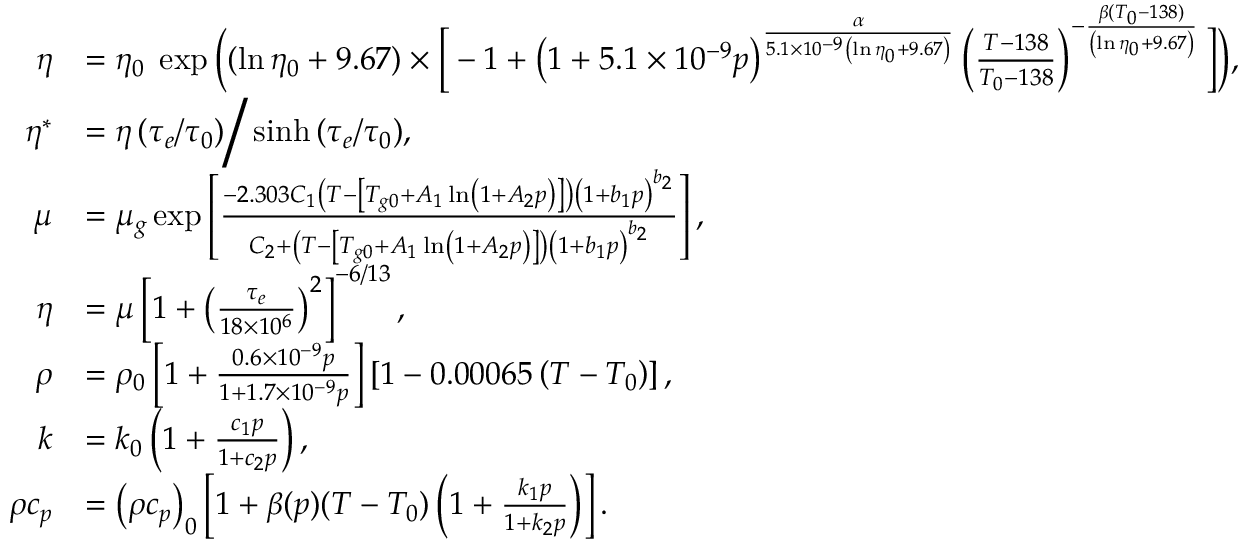
\begin{array} { r l } { \eta } & { = \eta _ { 0 } \; \exp \bigg ( ( \ln \eta _ { 0 } + 9 . 6 7 ) \times \bigg [ - 1 + \left( 1 + 5 . 1 \times 1 0 ^ { - 9 } p \right) ^ { \frac { \alpha } { 5 . 1 \times 1 0 ^ { - 9 } \left( \ln \eta _ { 0 } + 9 . 6 7 \right) } } \left( \frac { T - 1 3 8 } { T _ { 0 } - 1 3 8 } \right) ^ { - \frac { \beta ( T _ { 0 } - 1 3 8 ) } { \left( \ln \eta _ { 0 } + 9 . 6 7 \right) } } \bigg ] \bigg ) , } \\ { \eta ^ { * } } & { = \eta \left( \tau _ { e } / \tau _ { 0 } \right) \bigg / \sinh { \left( \tau _ { e } / \tau _ { 0 } \right) } , } \\ { \mu } & { = \mu _ { g } \exp \left[ \frac { - 2 . 3 0 3 C _ { 1 } \left( T - \left[ T _ { g 0 } + A _ { 1 } \ln \left( 1 + A _ { 2 } p \right) \right] \right) \left( 1 + b _ { 1 } p \right) ^ { b _ { 2 } } } { C _ { 2 } + \left( T - \left[ T _ { g 0 } + A _ { 1 } \ln \left( 1 + A _ { 2 } p \right) \right] \right) \left( 1 + b _ { 1 } p \right) ^ { b _ { 2 } } } \right] , } \\ { \eta } & { = \mu \left[ 1 + \left( \frac { \tau _ { e } } { 1 8 \times 1 0 ^ { 6 } } \right) ^ { 2 } \right] ^ { - 6 / 1 3 } , } \\ { \rho } & { = \rho _ { 0 } \left[ 1 + \frac { 0 . 6 \times 1 0 ^ { - 9 } p } { 1 + 1 . 7 \times 1 0 ^ { - 9 } p } \right] \left[ 1 - 0 . 0 0 0 6 5 \left( T - T _ { 0 } \right) \right] , } \\ { k } & { = k _ { 0 } \left( 1 + \frac { c _ { 1 } p } { 1 + c _ { 2 } p } \right) , } \\ { \rho c _ { p } } & { = \left( \rho c _ { p } \right) _ { 0 } \left[ 1 + \beta ( p ) ( T - T _ { 0 } ) \left( 1 + \frac { k _ { 1 } p } { 1 + k _ { 2 } p } \right) \right] . } \end{array}